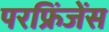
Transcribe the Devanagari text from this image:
परफ्रिंजेंस